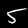
Label: 5